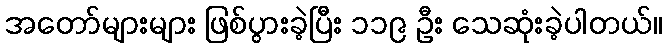
အတော်များများ ဖြစ်ပွားခဲ့ပြီး ၁၁၉ ဦး သေဆုံးခဲ့ပါတယ်။